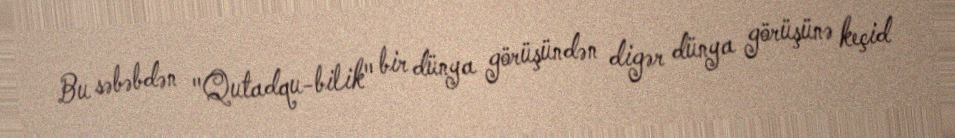
Bu səbəbdən "Qutadqu-bilik" bir dünya görüşündən digər dünya görüşünə keçid